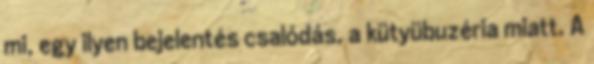
mi, egy ilyen bejelentés csalódás, a kütyübuzéria miatt. A